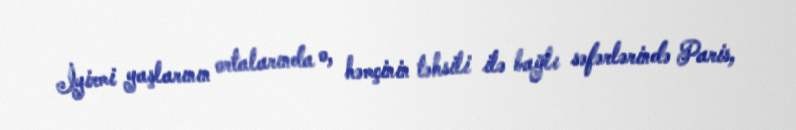
İyirmi yaşlarının ortalarında o, həmçinin təhsili ilə bağlı səfərlərində Paris,